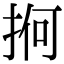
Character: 𢬲